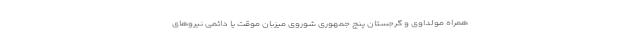
همراه مولداوی و گرجستان پنج جمهوری شوروی میزبان موقت یا دائمی نیروهای